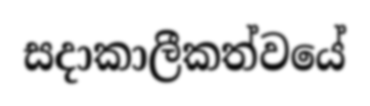
සදාකාලීකත්වයේ